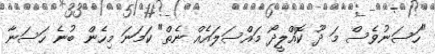
"ހަސަނުވެސް މަ ދޫ ކޮއްލީދޯ މައްސަލައެއް ނެތް" ކަމަނަ މިހެން ބުނެ ހަސަނާ